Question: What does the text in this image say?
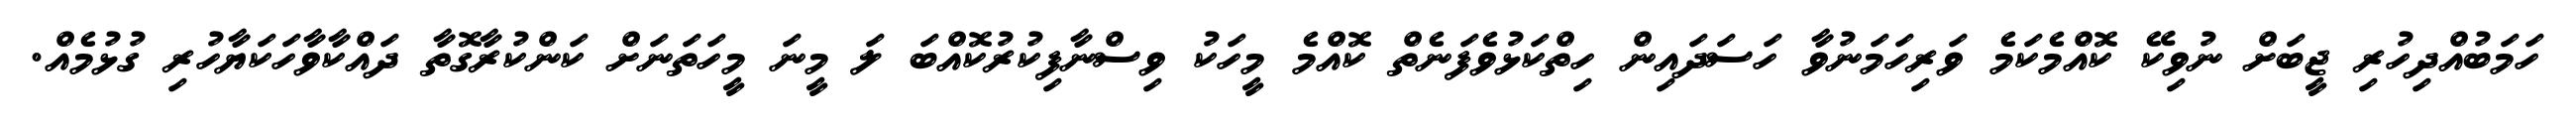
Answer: ހަމަބުއްދިހުރި ޖީބަށް ނުވިކޭ ކޮއްމެކަމެ ވަރިހަމަނުވާ ހަސަދައިން ހިތްކަޅުވެފަނެތް ކޮއްމެ މީހަކު ވިސްނާފިކުރުކޮއްބަ ލަ މީނަ މީހަތަނަށް ކަންކުރާގޮތާ ދައްކާވާހަކަޔާހުރި ގުޅުމެއް.